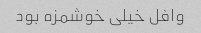
وافل خیلی خوشمزه بود